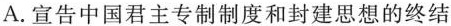
A. 宣告中国君主专制制度和封建思想的终结